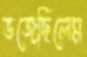
ভজেছিলেম